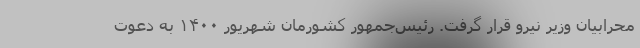
محرابیان وزیر نیرو قرار گرفت. رئیس‌جمهور کشورمان شهریور ۱۴۰۰ به دعوت